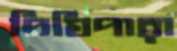
দিঘিপারা